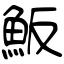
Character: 魬